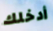
أدخلك